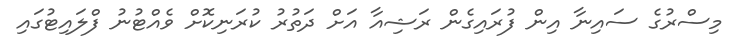
މިސްރުގެ ސައިނާ އިން ފުރައިގެން ރަޝިއާ އަށް ދަތުރު ކުރަނިކޮށް ވެއްޓުނު ފްލައިޓުގައި